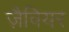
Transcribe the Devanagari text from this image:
ज़ैवियर